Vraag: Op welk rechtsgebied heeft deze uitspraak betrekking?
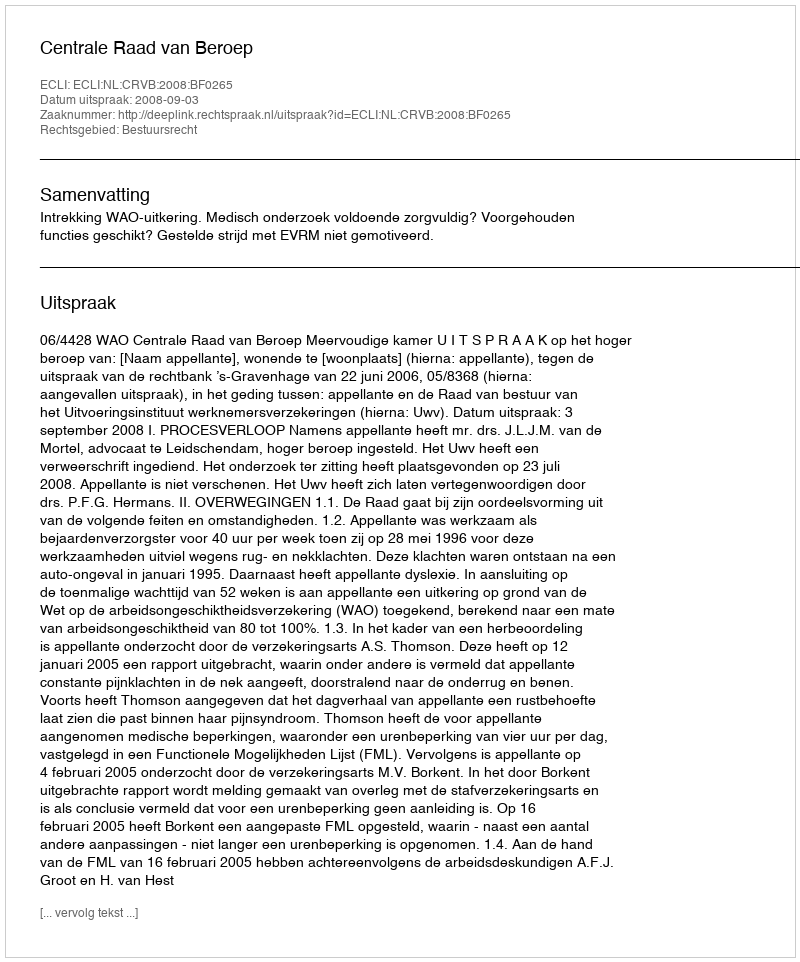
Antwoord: Bestuursrecht